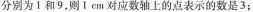
分别为1和9，则1 cm对应数轴上的点表示的数是3；